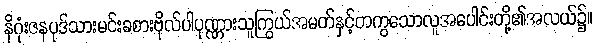
နိဂုံးဇနပုဒ်သားမင်းခစားဗိုလ်ပါပုဏ္ဏားသူကြွယ်အမတ်နှင့်တကွသောလူအပေါင်းတို့၏အလယ်၌။